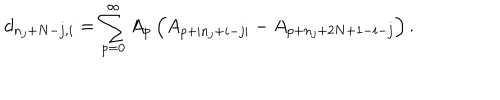
d _ { n _ { j } + N - j , i } = \sum _ { p = 0 } ^ { \infty } A _ { p } \left( A _ { p + | n _ { j } + i - j | } - A _ { p + n _ { j } + 2 N + 1 - i - j } \right) .